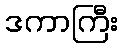
ဒကာကြီး